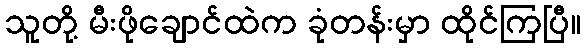
သူတို့ မီးဖိုချောင်ထဲက ခုံတန်းမှာ ထိုင်ကြပြီ။